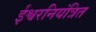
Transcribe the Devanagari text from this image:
ईश्वरनियंत्रित